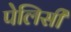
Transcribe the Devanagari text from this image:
पेलिसी